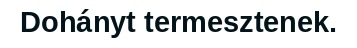
Dohányt termesztenek.